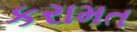
કરામત